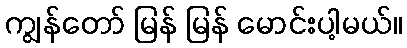
ကျွန်တော် မြန် မြန် မောင်းပါ့မယ်။